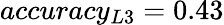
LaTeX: accuracy_{L3}=0.43